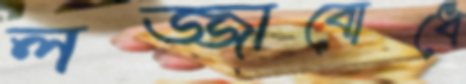
লজ্জাবোধে